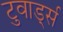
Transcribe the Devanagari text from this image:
टुवार्ड्स